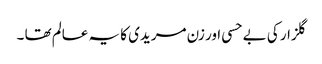
گلزار کی بے حسی اور زن مریدی کا یہ عالم تھا ۔